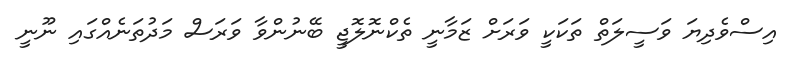
އިސްވެދިޔަ ވަސީލަތް ތަކަކީ ވަރަށް ޒަމާނީ ތެކްނޮލޮޖީ ބޭނުންވާ ވަރަސް މަދުތަނެއްގައި ނޫނީ